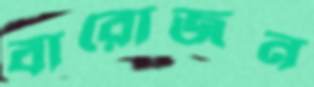
বারোজন